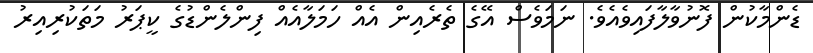
ޑެންމާކުން ފޮނުވާލާފައިވެއެވެ. ނަމަވެސް އޭގެ ތެރެއިން އެއް ހަމަލާއެއް ފިންލެންޑުގެ ކީޕަރު މަތަކުރިއިރު